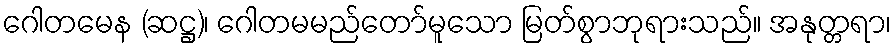
ဂေါတမေန (ဆဋ္ဌ)၊ ဂေါတမမည်တော်မူသော မြတ်စွာဘုရားသည်။ အနုတ္တရာ၊